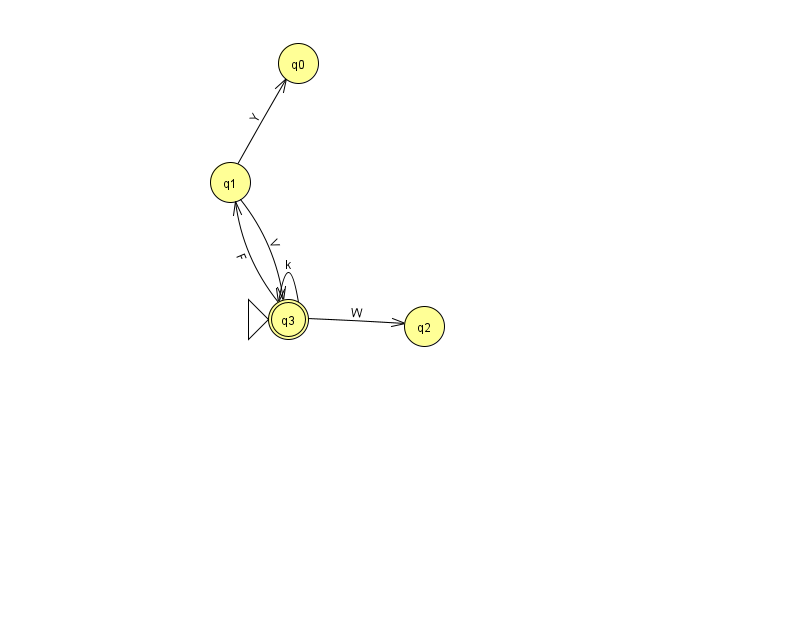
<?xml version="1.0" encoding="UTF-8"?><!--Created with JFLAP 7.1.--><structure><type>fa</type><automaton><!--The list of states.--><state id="0" name="q0"><x>298.0</x><y>50.0</y></state><state id="1" name="q1"><x>230.0</x><y>169.0</y></state><state id="2" name="q2"><x>424.0</x><y>313.0</y></state><state id="3" name="q3"><x>288.0</x><y>306.0</y><initial/><final/></state><!--The list of transitions.--><transition><from>1</from><to>3</to><read>V</read></transition><transition><from>3</from><to>1</to><read>F</read></transition><transition><from>3</from><to>3</to><read>k</read></transition><transition><from>1</from><to>0</to><read>Y</read></transition><transition><from>3</from><to>2</to><read>W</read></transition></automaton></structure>